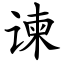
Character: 谏